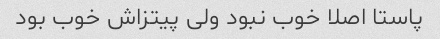
پاستا اصلا خوب نبود ولی پیتزاش خوب بود